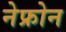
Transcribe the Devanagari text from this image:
नेफ्रोन